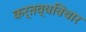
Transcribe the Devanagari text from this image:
कर्तव्यविचार